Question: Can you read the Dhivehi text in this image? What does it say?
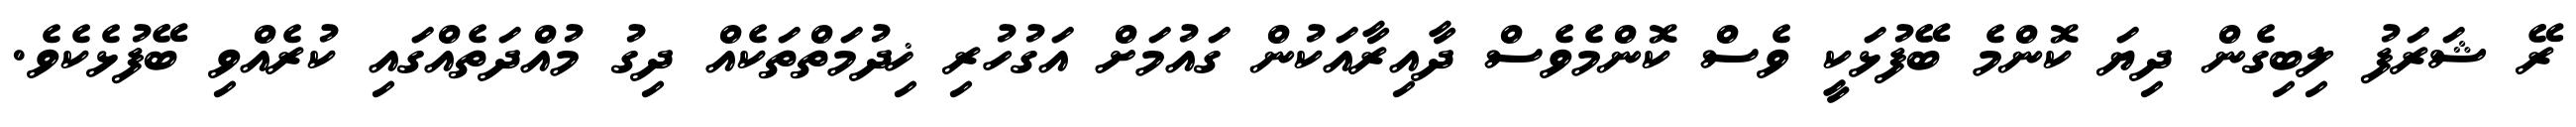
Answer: ރޭ ޝަރަފު ލިބިގެން ދިޔަ ކޮންމެ ބޭފުޅަކީ ވެސް ކޮންމެވެސް ދާއިރާއަކުން ގައުމަށް އަގުހުރި ޚިދުމަތްތަކެއް ދިގު މުއްދަތެއްގައި ކުރެއްވި ބޭފުޅެކެވެ.